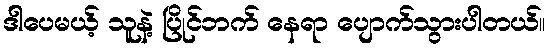
ဒါပေမယ့် သူနဲ့ ပြိုင်ဘက် နေရာ ပျောက်သွားပါတယ်။